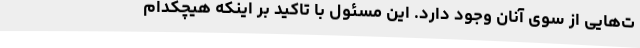
ت‌هایی از سوی آنان وجود دارد. این مسئول با تاکید بر اینکه هیچکدام